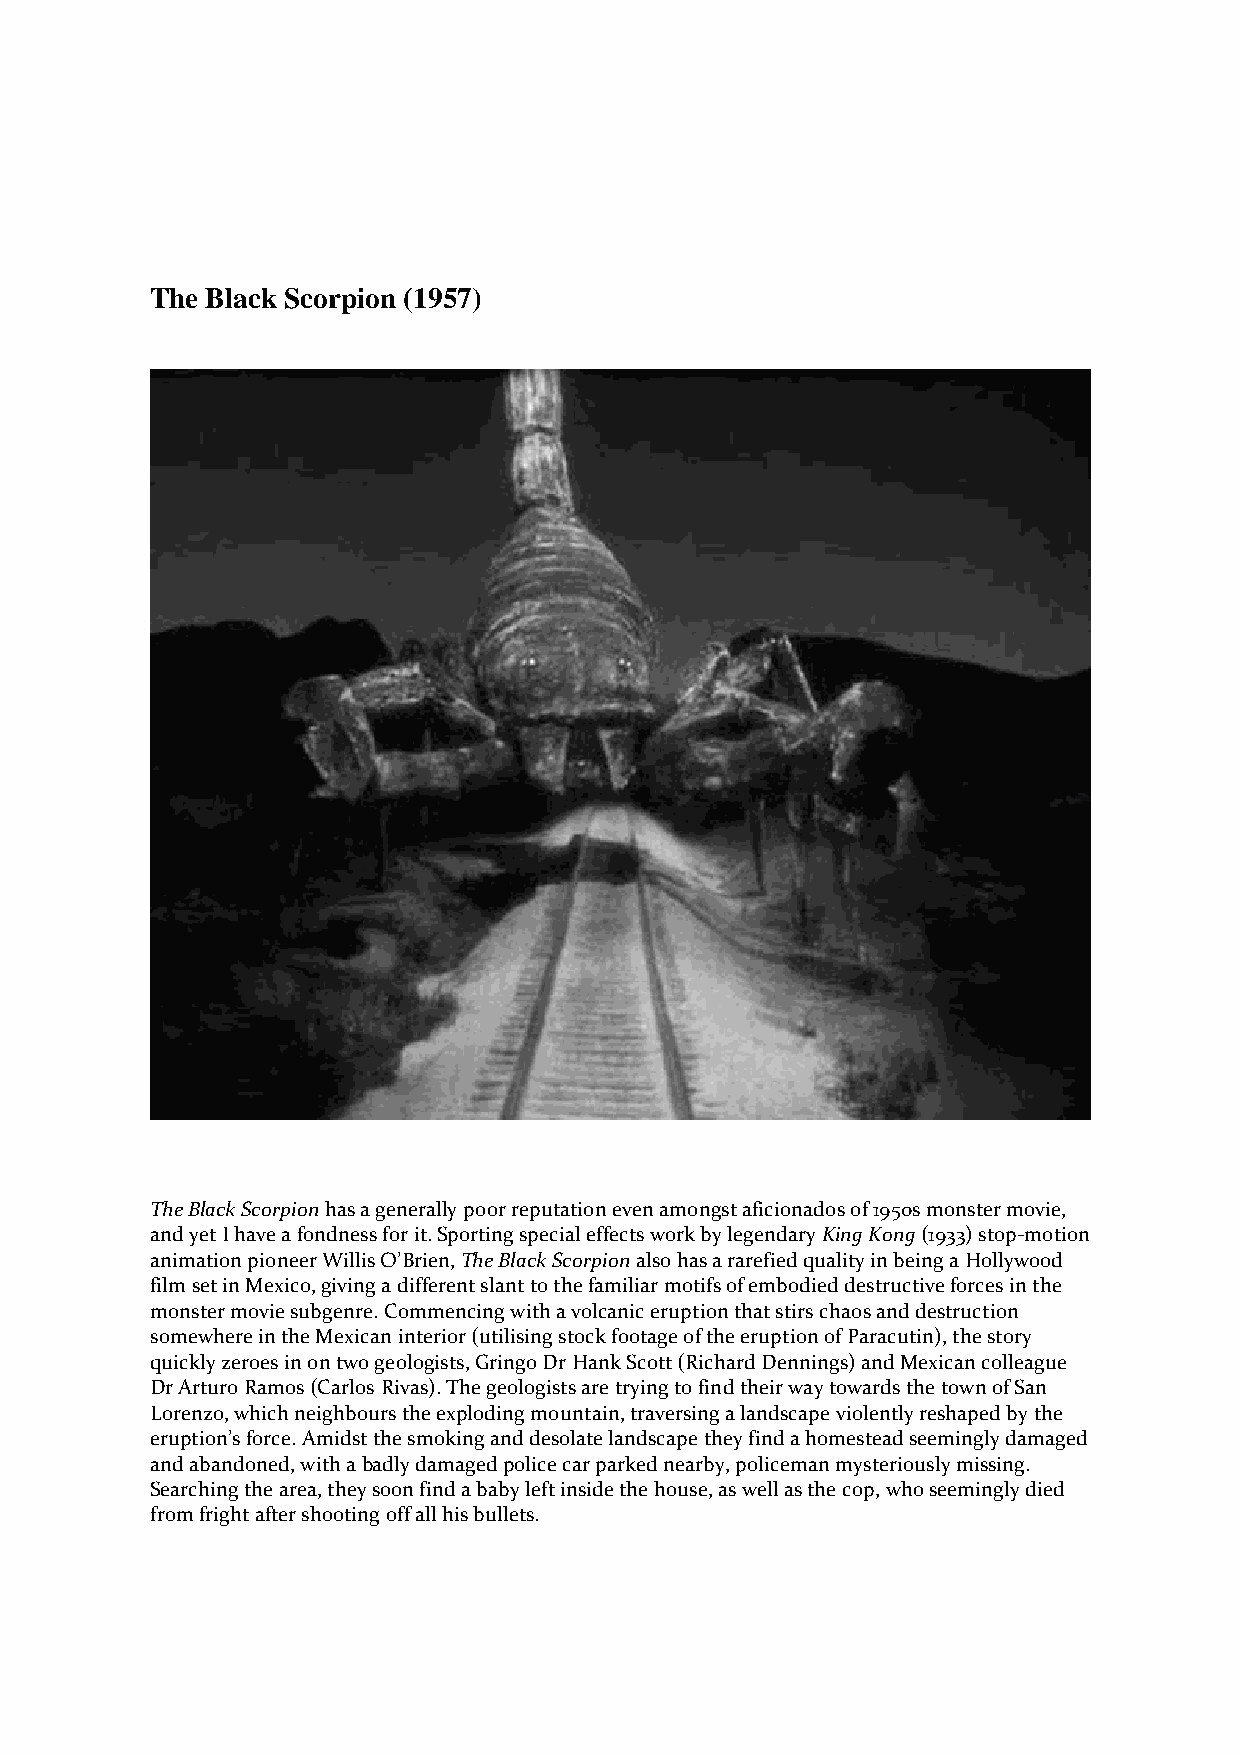
The Black Scorpion (1957)
 The Black Scorpion has a generally poor reputation even amongst aficionados of 1950s monster movie,
 and yet I have a fondness for it. Sporting special effects work by legendary King Kong (1933) stop-motion
 animation pioneer Willis O’Brien, The Black Scorpion also has a rarefied quality in being a Hollywood
 film set in Mexico, giving a different slant to the familiar motifs of embodied destructive forces in the
 monster movie subgenre. Commencing with a volcanic eruption that stirs chaos and destruction
 somewhere in the Mexican interior (utilising stock footage of the eruption of Paracutin), the story
 quickly zeroes in on two geologists, Gringo Dr Hank Scott (Richard Dennings) and Mexican colleague
 Dr Arturo Ramos (Carlos Rivas). The geologists are trying to find their way towards the town of San
 Lorenzo, which neighbours the exploding mountain, traversing a landscape violently reshaped by the
 eruption’s force. Amidst the smoking and desolate landscape they find a homestead seemingly damaged
 and abandoned, with a badly damaged police car parked nearby, policeman mysteriously missing.
 Searching the area, they soon find a baby left inside the house, as well as the cop, who seemingly died
 from fright after shooting off all his bullets.